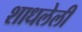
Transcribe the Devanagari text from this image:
शाधलेली